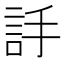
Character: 𧦌